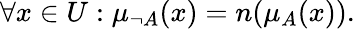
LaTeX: \forall x\in{U}:\mu_{\neg{A}}(x)=n(\mu_{A}(x)).